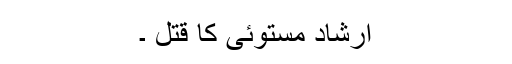
ارشاد مستوئی کا قتل ۔